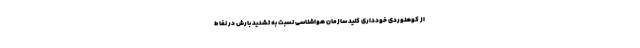
از کوهنوردی خودداری کنید سازمان هواشناسی نسبت به تشدید بارش در نفاط